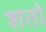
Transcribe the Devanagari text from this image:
शतो